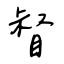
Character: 督